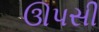
ઊપસી